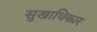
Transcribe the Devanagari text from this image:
सुखाधिकार